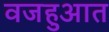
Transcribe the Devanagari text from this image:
वजहुआत